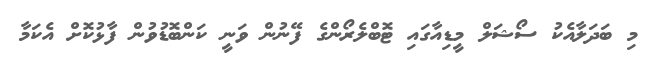
މި ބަދަލާއެކު ސޯޝަލް މީޑިއާގައި ޓޮބްލެރޯންގެ ފޭނުން ވަނީ ކަންބޮޑުވުން ފާޅުކޮށް އެކަމާ